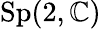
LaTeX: \mathrm{Sp}(2,\mathbb{C})